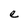
Character: e